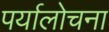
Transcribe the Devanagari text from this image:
पर्यालोचना